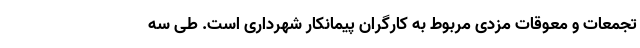
تجمعات و معوقات مزدی مربوط به کارگرانِ پیمانکار شهرداری است. طی سه